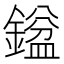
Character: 𮢼